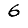
Digit: 6